Indian journal of veterinary science and animal husbandry - Volume 4,
Year: 1934
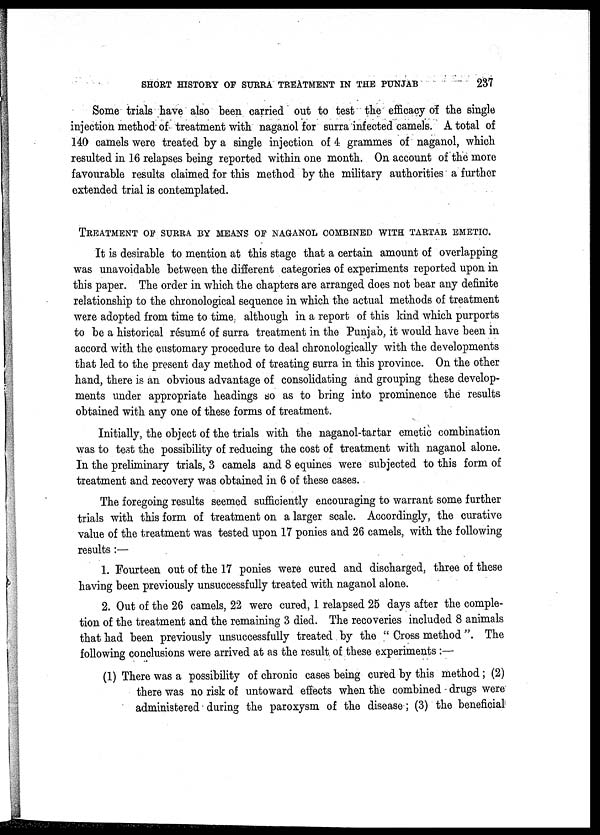
SHORT HISTORY OF SURRA TREATMENT IN THE PUNJAB
237
Some trials have also been carried out to test the efficacy of the single
injection method of treatment with naganol for surra infected camels. A total of
140 camels were treated by a single injection of 4 grammes of naganol, which
resulted in 16 relapses being reported within one month. On account of the more
favourable results claimed for this method by the military authorities a further
extended trial is contemplated.
TREATMENT OF SURRA BY MEANS OF NAGANOL COMBINED WITH TARTAR EMETIC.
It is desirable to mention at this stage that a certain amount of overlapping
was unavoidable between the different categories of experiments reported upon in
this paper. The order in which the chapters are arranged does not bear any definite
relationship to the chronological sequence in which the actual methods of treatment
were adopted from time to time although in a report of this kind which purports
to be a historical résumé of surra treatment in the Punjab, it would have been in
accord with the customary procedure to deal chronologically with the developments
that led to the present day method of treating surra in this province. On the other
hand, there is an obvious advantage of consolidating and grouping these develop-
ments under appropriate headings so as to bring into prominence the results
obtained with any one of these forms of treatment.
Initially, the object of the trials with the naganol-tartar emetic combination
was to test the possibility of reducing the cost of treatment with naganol alone.
In the preliminary trials, 3 camels and 8 equines were subjected to this form of
treatment and recovery was obtained in 6 of these cases.
The foregoing results seemed sufficiently encouraging to warrant some further
trials with this form of treatment on a larger scale. Accordingly, the curative
value of the treatment was tested upon 17 ponies and 26 camels, with the following
results:—
1. Fourteen out of the 17 ponies were cured and discharged, three of these
having been previously unsuccessfully treated with naganol alone.
2. Out of the 26 camels, 22 were cured, 1 relapsed 25 days after the comple-
tion of the treatment and the remaining 3 died. The recoveries included 8 animals
that had been previously unsuccessfully treated by the " Cross method ". The
following conclusions were arrived at as the result of these experiments :—
(1) There was a possibility of chronic cases being cured by this method; (2)
there was no risk of untoward effects when the combined - drugs were
administered during the paroxysm of the disease; (3) the beneficial